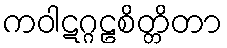
ကဝါဋဂ္ဂဠစိတ္တိတာ